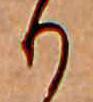
り